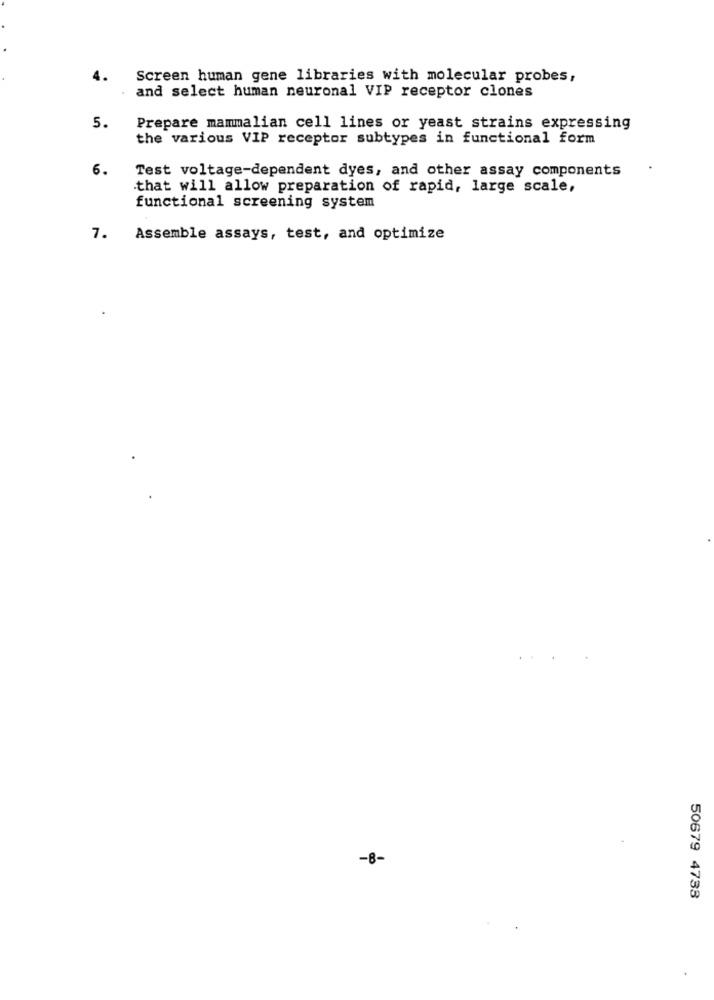
4.
Screen human gene libraries with molecular probes,
and select human neuronal VIP receptor clones
5.
Prepare mammalian cell lines or yeast strains expressing
the various VIP receptor subtypes in functional form
6.
Test voltage-dependent dyes, and other assay components
that will allow preparation of rapid, large scale,
functional screening system
7. Assemble assays, test, and optimize
-8-
50679 4733